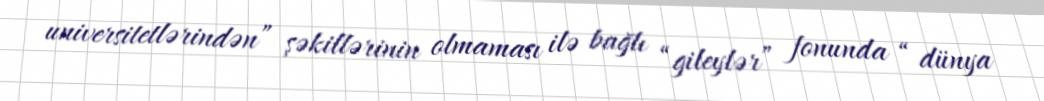
universitetlərindən” şəkillərinin olmaması ilə bağlı “gileylər” fonunda “ dünya